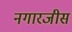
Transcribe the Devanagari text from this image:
नगारजीस